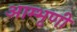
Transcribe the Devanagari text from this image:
आम्भृणी